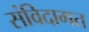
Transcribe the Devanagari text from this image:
संविदागत